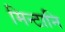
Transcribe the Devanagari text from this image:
मिन्टानि